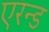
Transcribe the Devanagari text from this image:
एरन्ड